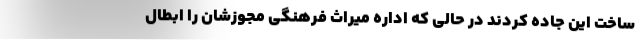
ساخت این جاده کردند در حالی که اداره میراث فرهنگی مجوزشان را ابطال